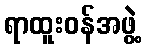
ရာထူးဝန်အဖွဲ့